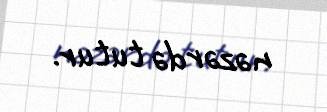
nəzərdə tutur.